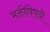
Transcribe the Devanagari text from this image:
भक्तीविषयीं